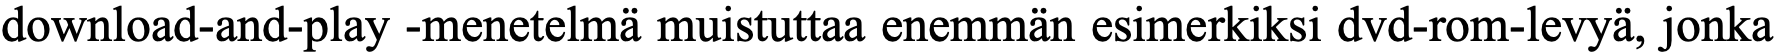
download-and-play -menetelmä muistuttaa enemmän esimerkiksi dvd-rom-levyä, jonka